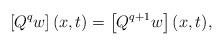
LaTeX: \begin{align*}\left[Q^qw\right](x,t)=\left[ Q^{q+1}w\right](x,t),\end{align*}